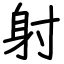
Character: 射